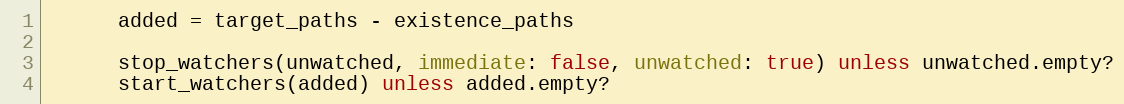
Language: Ruby
      added = target_paths - existence_paths

      stop_watchers(unwatched, immediate: false, unwatched: true) unless unwatched.empty?
      start_watchers(added) unless added.empty?